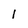
Character: 1